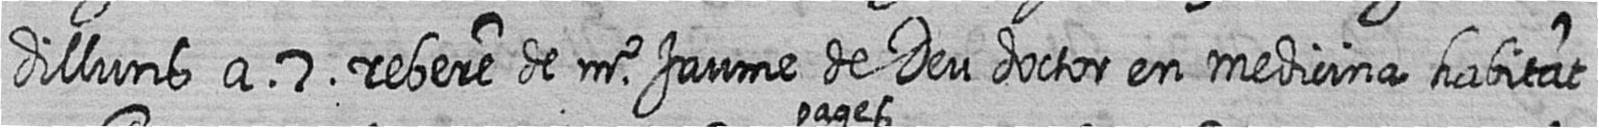
dilluns a 7 rebere de mr Jaume de Deu doctor en medicina habitat